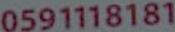
0591118181